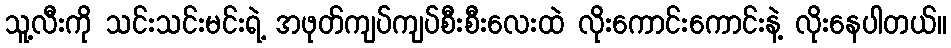
သူ့လီးကို သင်းသင်းမင်းရဲ့ အဖုတ်ကျပ်ကျပ်စီးစီးလေးထဲ လိုးကောင်းကောင်းနဲ့ လိုးနေပါတယ်။